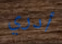
أدري